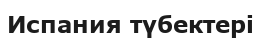
Испания түбектері